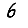
Digit: 6